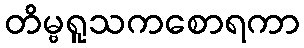
တိမ္ဗရူသကစောရကာ